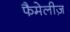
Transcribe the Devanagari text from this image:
फैमेलीज़